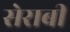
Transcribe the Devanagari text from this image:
सेराबी